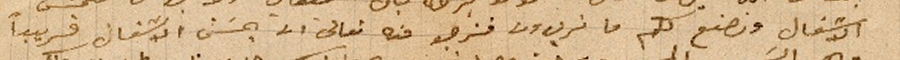
الاشغال ونصنع لكم ما تريدون فنرجو منه تعالى ان يحسَن الاشغال قريباً